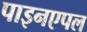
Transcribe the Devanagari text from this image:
पाइनएपल